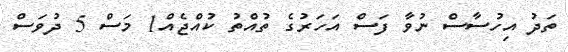
ތަދު އިހުސާސް ނުވާ ފަސް އަހަރުގެ ތުއްތު ކުއްޖެއް1 މަސް 5 ދުވަސް